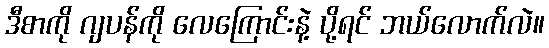
ဒီစာကို ဂျပန်ကို လေကြောင်းနဲ့ ပို့ရင် ဘယ်လောက်လဲ။